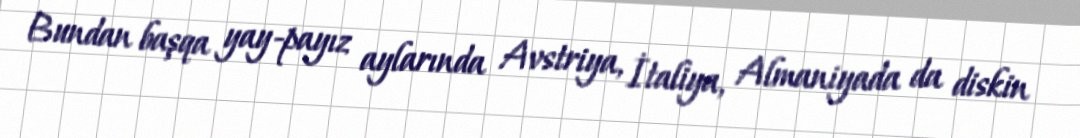
Bundan başqa yay-payız aylarında Avstriya, İtaliya, Almaniyada da diskin